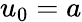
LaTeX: u_{0}=a